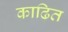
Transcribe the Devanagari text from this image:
काढित